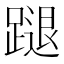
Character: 蹆